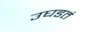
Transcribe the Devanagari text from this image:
उघडतं